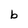
Character: b